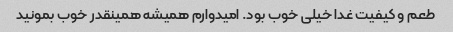
طعم و کیفیت غدا خیلی خوب بود. امیدوارم همیشه همینقدر خوب بمونید